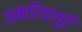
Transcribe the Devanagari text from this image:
ज़करियायुटे